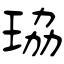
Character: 珕